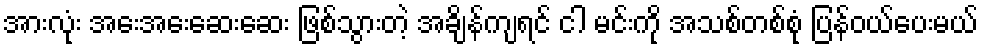
အားလုံး အေးအေးဆေးဆေး ဖြစ်သွားတဲ့ အချိန်ကျရင် ငါ မင်းကို အသစ်တစ်စုံ ပြန်ဝယ်ပေးမယ်